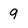
Character: 9